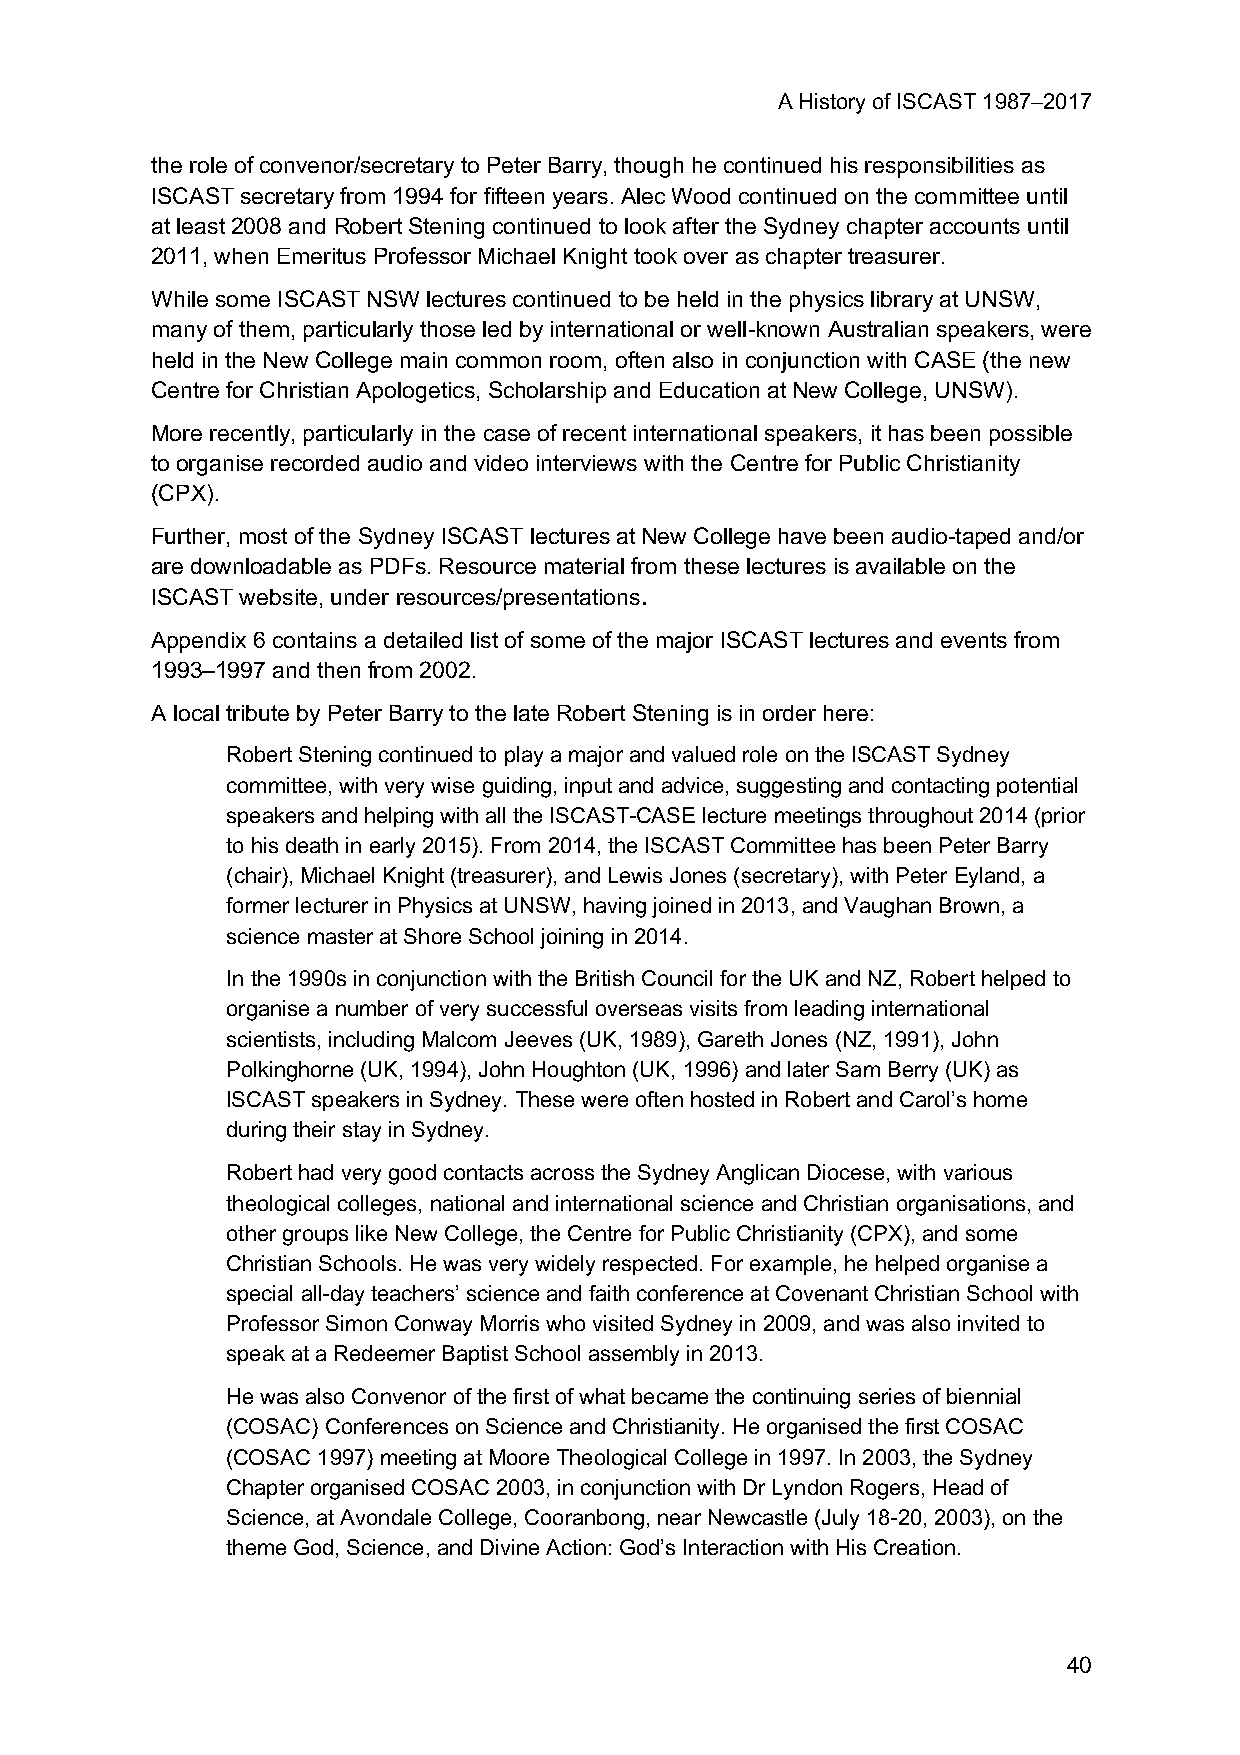
A History of ISCAST 1987–2017
 the role of convenor/secretary to Peter Barry, though he continued his responsibilities as
 ISCAST secretary from 1994 for fifteen years. Alec Wood continued on the committee until
 at least 2008 and Robert Stening continued to look after the Sydney chapter accounts until
 2011, when Emeritus Professor Michael Knight took over as chapter treasurer.
 While some ISCAST NSW lectures continued to be held in the physics library at UNSW,
 many of them, particularly those led by international or well-known Australian speakers, were
 held in the New College main common room, often also in conjunction with CASE (the new
 Centre for Christian Apologetics, Scholarship and Education at New College, UNSW).
 More recently, particularly in the case of recent international speakers, it has been possible
 to organise recorded audio and video interviews with the Centre for Public Christianity
 (CPX).
 Further, most of the Sydney ISCAST lectures at New College have been audio-taped and/or
 are downloadable as PDFs. Resource material from these lectures is available on the
 ISCAST website, under resources/presentations.
 Appendix 6 contains a detailed list of some of the major ISCAST lectures and events from
 1993–1997 and then from 2002.
 A local tribute by Peter Barry to the late Robert Stening is in order here:
 Robert Stening continued to play a major and valued role on the ISCAST Sydney
 committee, with very wise guiding, input and advice, suggesting and contacting potential
 speakers and helping with all the ISCAST-CASE lecture meetings throughout 2014 (prior
 to his death in early 2015). From 2014, the ISCAST Committee has been Peter Barry
 (chair), Michael Knight (treasurer), and Lewis Jones (secretary), with Peter Eyland, a
 former lecturer in Physics at UNSW, having joined in 2013, and Vaughan Brown, a
 science master at Shore School joining in 2014.
 In the 1990s in conjunction with the British Council for the UK and NZ, Robert helped to
 organise a number of very successful overseas visits from leading international
 scientists, including Malcom Jeeves (UK, 1989), Gareth Jones (NZ, 1991), John
 Polkinghorne (UK, 1994), John Houghton (UK, 1996) and later Sam Berry (UK) as
 ISCAST speakers in Sydney. These were often hosted in Robert and Carol’s home
 during their stay in Sydney.
 Robert had very good contacts across the Sydney Anglican Diocese, with various
 theological colleges, national and international science and Christian organisations, and
 other groups like New College, the Centre for Public Christianity (CPX), and some
 Christian Schools. He was very widely respected. For example, he helped organise a
 special all-day teachers’ science and faith conference at Covenant Christian School with
 Professor Simon Conway Morris who visited Sydney in 2009, and was also invited to
 speak at a Redeemer Baptist School assembly in 2013.
 He was also Convenor of the first of what became the continuing series of biennial
 (COSAC) Conferences on Science and Christianity. He organised the first COSAC
 (COSAC 1997) meeting at Moore Theological College in 1997. In 2003, the Sydney
 Chapter organised COSAC 2003, in conjunction with Dr Lyndon Rogers, Head of
 Science, at Avondale College, Cooranbong, near Newcastle (July 18-20, 2003), on the
 theme God, Science, and Divine Action: God’s Interaction with His Creation.
 40